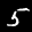
Label: 5